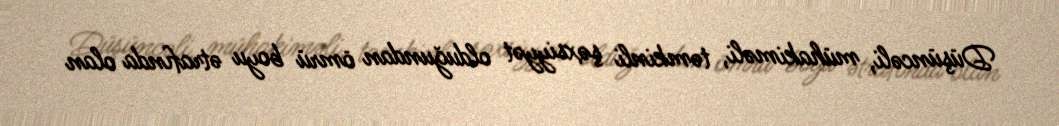
Düşüncəli, mühakiməli, təmkinli şəxsiyyət olduğundan ömrü boyu ətrafında olan